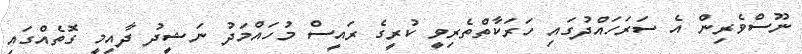
ނޫސްވެރިން އެ ސަރަހައްދުގައި ހަރަކާތްތެރިވީ ކުރީގެ ރައީސް މުހައްމަދު ނަޝީދު ދާއިމީ ގޮތެއްގައި